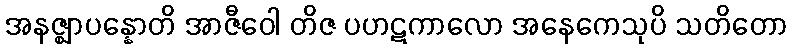
အနဇ္ဈာပန္နောတိ အာဇီဝေါ တိဇ ပဟဋကာလော အနေကေသုပိ သတိတော